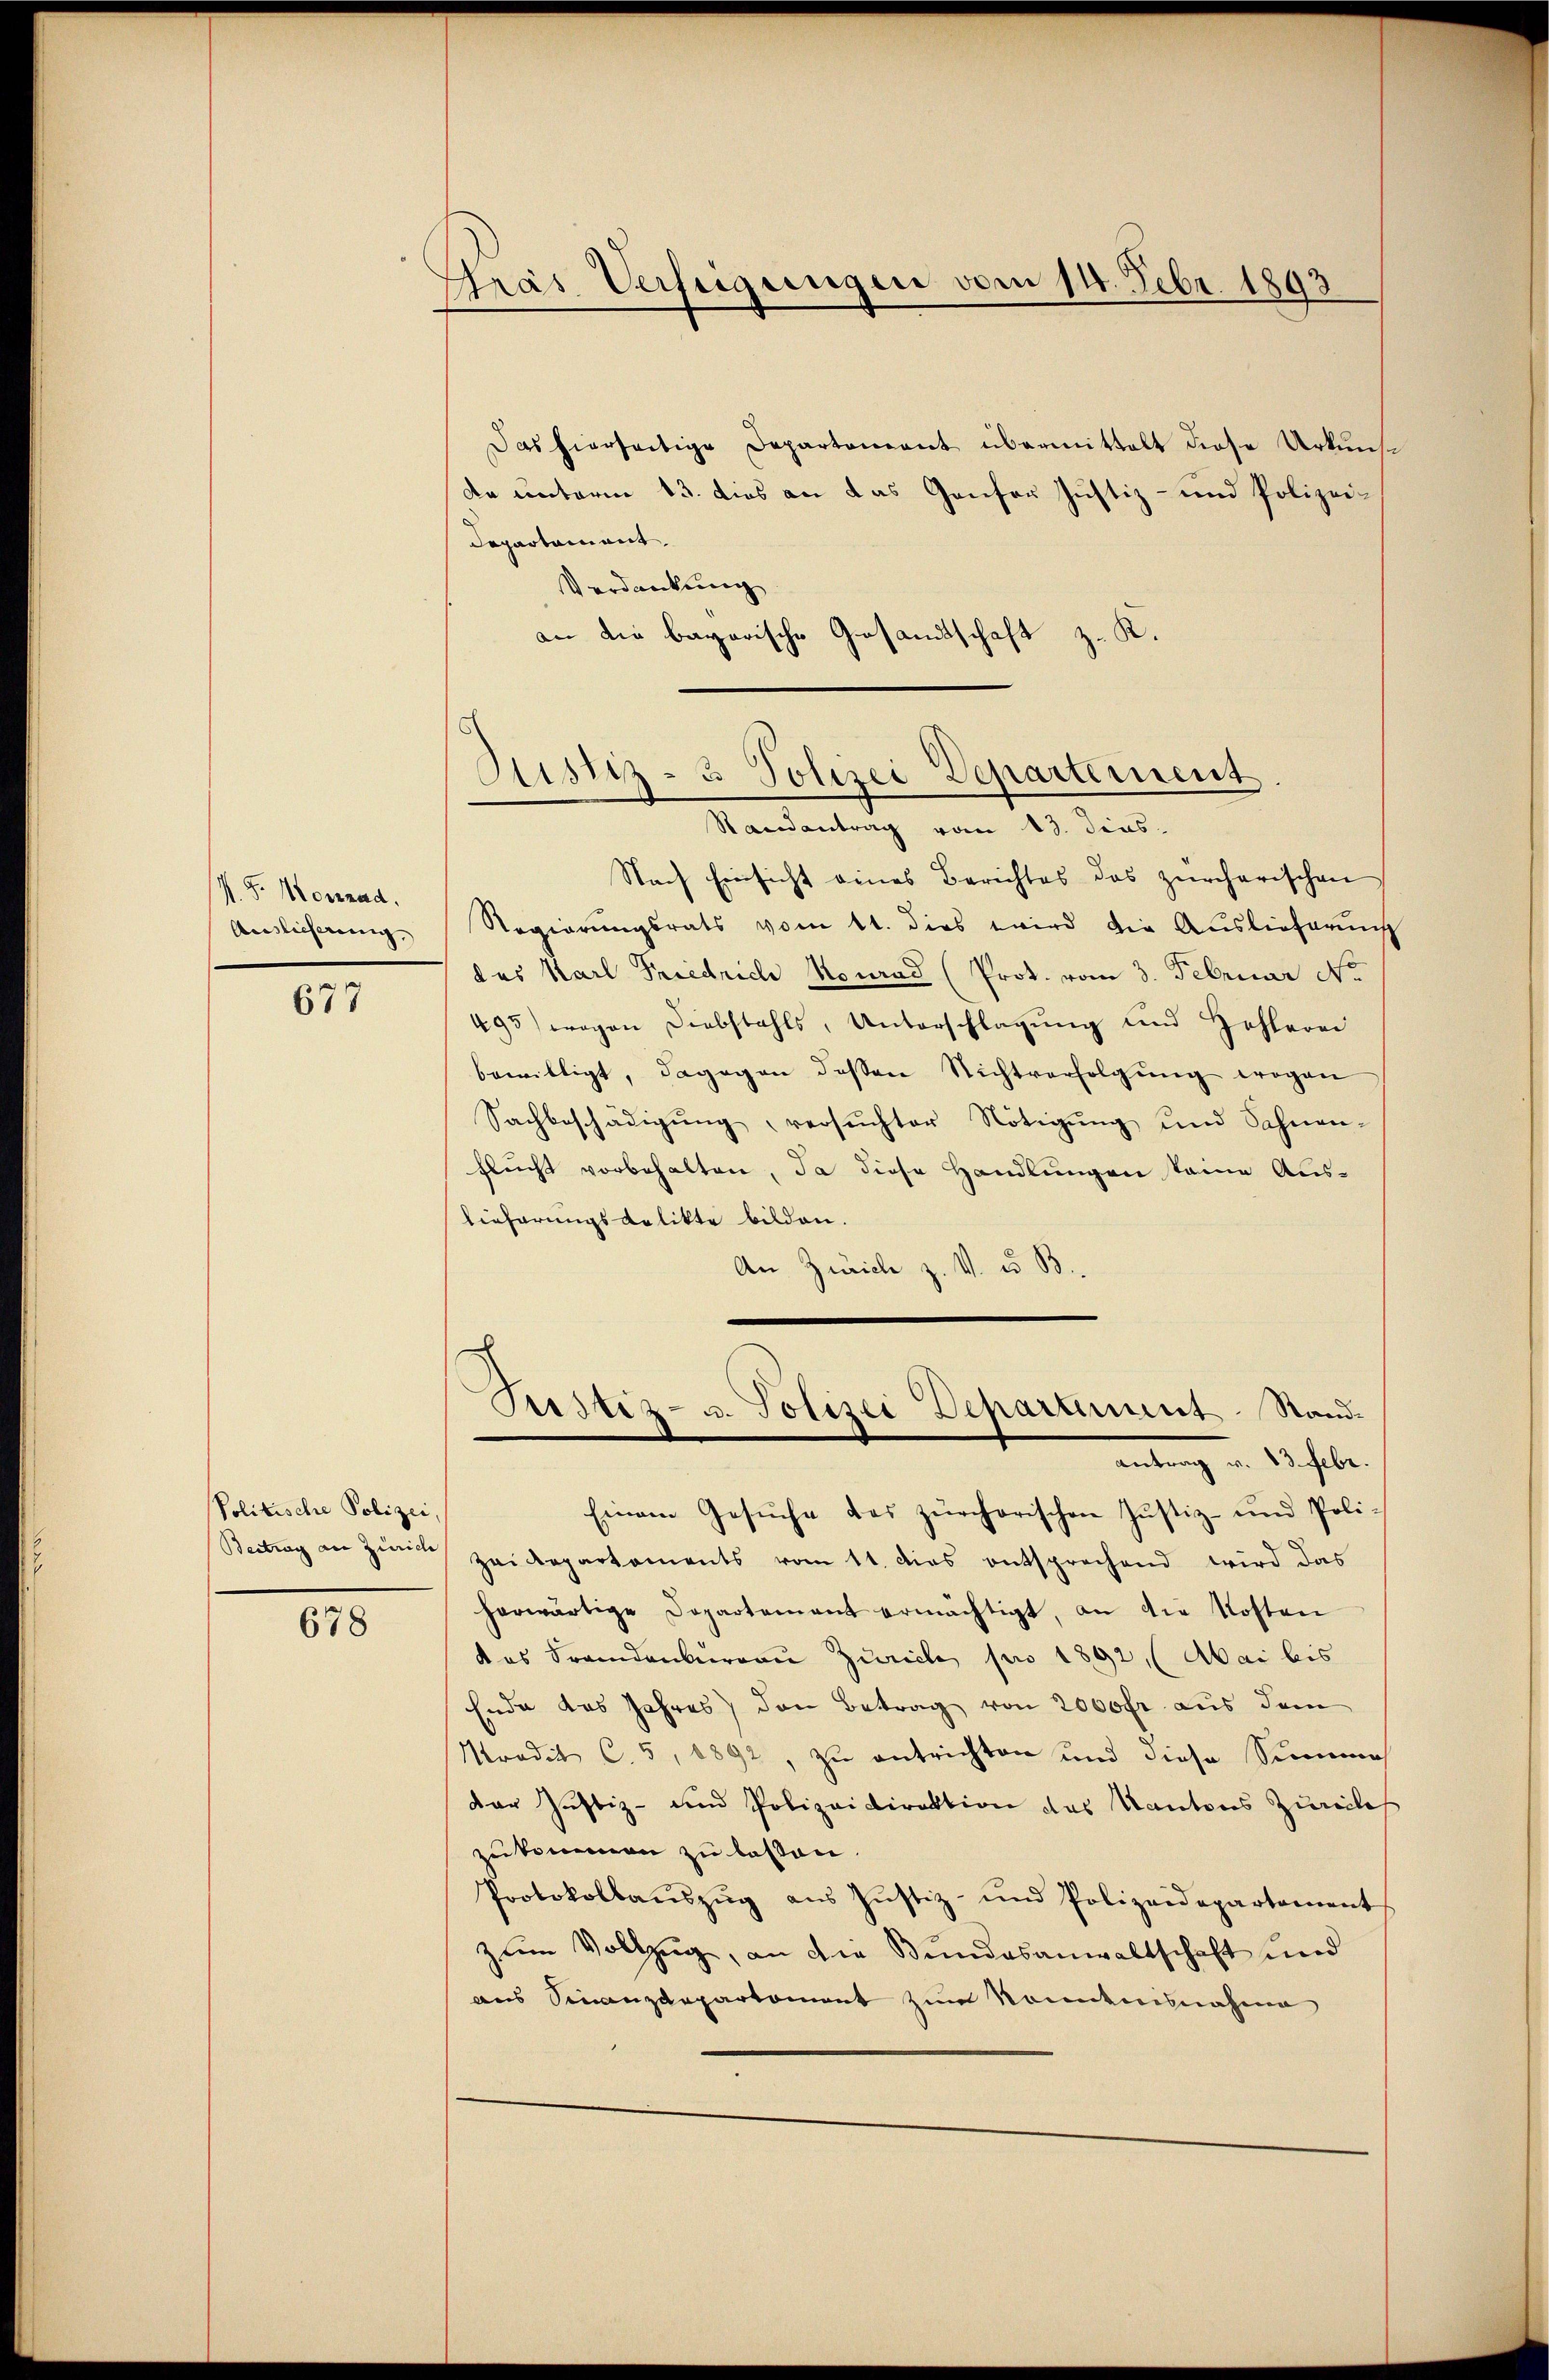
J. J. Monend.
Auslicherung,

677

Politische Polizei,
Beitrag an Zürich

678

Pras Verfügungen vom 11. Febr. 1893

Das hierseitige Departement übermittelt diese Urkunsda unterm 13. dies an das Gansor Justiz- und Polizei¬
Departement.
Verdankung
an die bayerische Gesandtschaft z. K.

Justiz- & Polizei Departement
Randantrag vom 13. Jins.

Nach Einsicht eines Berichtes das zürcherischen
Regierungsrats vom 11. dies wird die Auslieferung
des Karl Friedrich Konrad (Prot. vom 3. Februar No
495) wegen Diebstahls, Unterschlagung und Hehlerei
bewilligt, dagegen deßen Nichtverfolgŭng wegen
Sachbeschädigŭng, versŭchter Nötigŭng und Sohnen-
flŭcht vorbehalten, Ja diese Handlungen keine Auslieferungsgelikte bilden.
An Zürich z. V. u. B.
Einem Gesŭche das zürcherischen Justiz- und Poli-
Zeidepartaments vom 11. dies entsprechend wird das
herwärtige Departement ermächtigt, an die Kosten
das Frandenbergau Zürich pro 1892, (Mai bis
Ende das Jahres) den Betrag von 2000fr. aus dem
Mradit C. 5, 1892, zu entrichten und diese Summen
der Justiz- und Polizeidirektion des Kantons Zuricles
zukommen zu laßen.
Protokollaŭszŭg aŭs Jŭstiz- und Polizeidepartament
zum Vollzug, an die Bundesanwaltschaft und
aus Sinanzdepartement zum konntnisnahme

Justiz- u. Polizei Departement. Stand¬
Antrag v. 13. Febr.